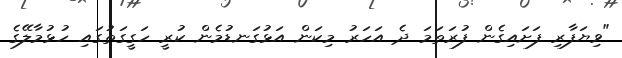
"ވިޔަފާރި ފަށައިގެން ފުރަތަމަ ދެ އަހަރު މިކަން އަޅުގަނޑުމެން ކުރީ ހަގީގަތުގައި ހުޅުމާލޭގެ